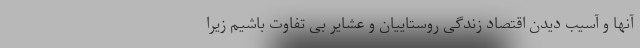
آنها و آسیب دیدن اقتصاد زندگی روستاییان و عشایر بی تفاوت باشیم زیرا